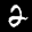
Label: 2